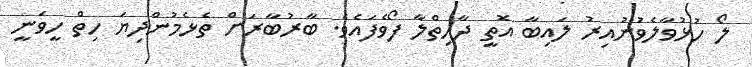
ލޯ ހުޅުވާލެވުނުއިރު ލައިބާ އޮތީ ދާހިތްލާ ފޯވެފައެވެ. ބާރުބާރަށް ތެޅެމުންދިޔަ ހިތް ހީވަނީ